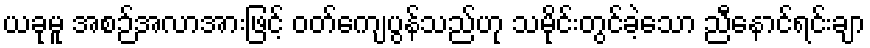
ယခုမူ အစဉ်အလာအားဖြင့် ဝတ်ကျေပွန်သည်ဟု သမိုင်းတွင်ခဲ့သော ညီနောင်ရင်းချာ